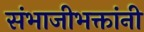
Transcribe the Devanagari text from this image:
संभाजीभक्तांनी